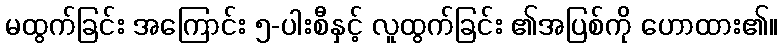
မထွက်ခြင်း အကြောင်း ၅-ပါးစီနှင့် လူထွက်ခြင်း ၏အပြစ်ကို ဟောထား၏။